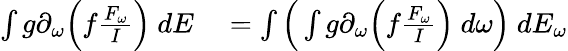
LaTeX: \begin{array}{rl}{\int g\partial_{\omega}\Big(f\frac{F_{\omega}}{I}\Big)\ dE}&{{}=\int\Big(\int g\partial_{\omega}\Big(f\frac{F_{\omega}}{I}\Big)\ d\omega\Big)\ dE_{\omega}}\end{array}